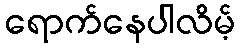
ရောက်နေပါလိမ့်